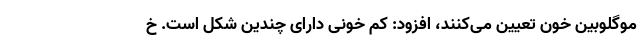
موگلوبین خون تعیین می‌کنند، افزود: کم خونی دارای چندین شکل است. خ